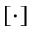
[ \cdot ]